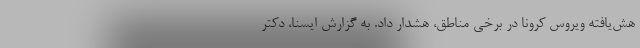
هش‌یافته ویروس کرونا در برخی مناطق، هشدار داد. به گزارش ایسنا، دکتر